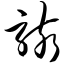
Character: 骇